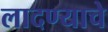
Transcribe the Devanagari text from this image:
लादण्याचे